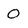
Character: 0